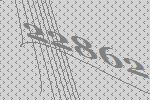
22862